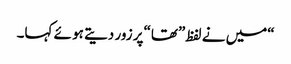
“میں نے لفظ”تھا“پر زور دیتے ہو ئے کہا۔